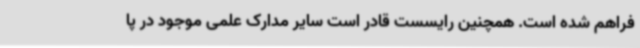
فراهم شده است. همچنین رایسست قادر است سایر مدارک علمی موجود در پا